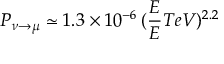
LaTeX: P _ { \nu \to \mu } \simeq 1 . 3 \times 1 0 ^ { - 6 } \, ( \frac { E } { E } { T e V } ) ^ { 2 . 2 }